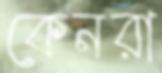
কেনরা